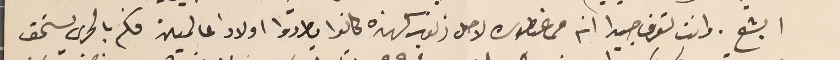
ابشع. وانت تعرف جيدا انه من عنطوره لاجل زنوب كهذه كانوا يطردوا اولاد عالمين فكم بالحري يستحق